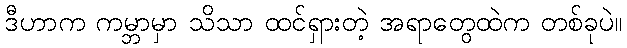
ဒီဟာက ကမ္ဘာမှာ သိသာ ထင်ရှားတဲ့ အရာတွေထဲက တစ်ခုပဲ။